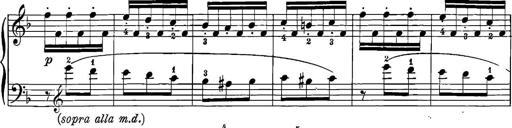
Title: 12 Sonatinas
Composer: Ignaz Pleyel